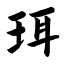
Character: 珥